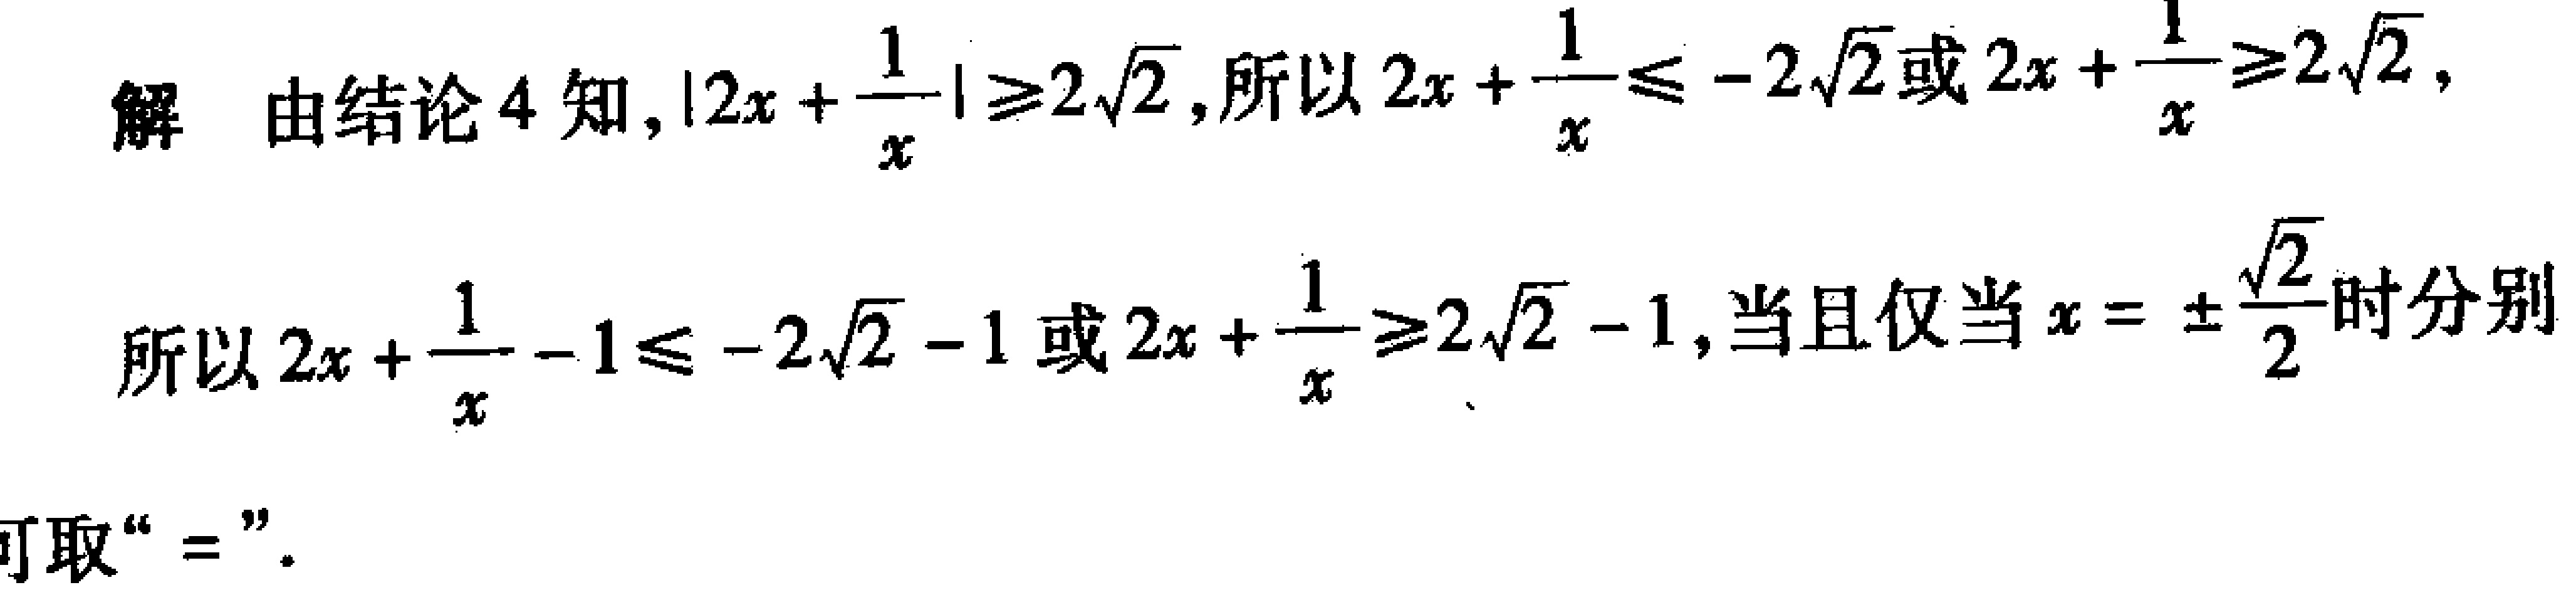
解 由结论 4 知，\(\left|2x+\frac{1}{x}\right|\geqslant2\sqrt{2}\)，所以\(2x+\frac{1}{x}\leqslant - 2\sqrt{2}\)或\(2x+\frac{1}{x}\geqslant2\sqrt{2}\)，

所以\(2x+\frac{1}{x}-1\leqslant - 2\sqrt{2}-1\)或\(2x+\frac{1}{x}\geqslant2\sqrt{2}-1\)，当且仅当\(x = \pm\frac{\sqrt{2}}{2}\)时分别

可取“\(=\)”。